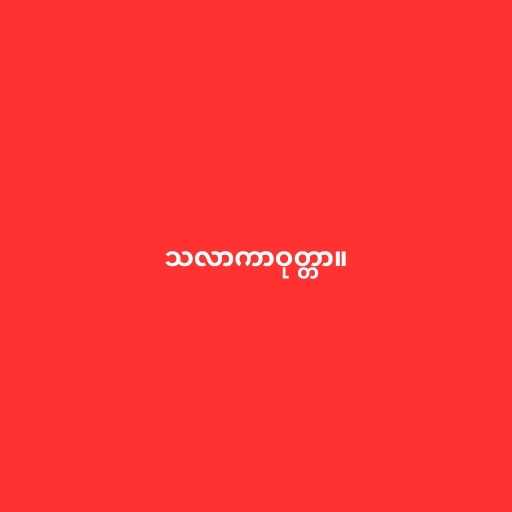
သလာကာဝုတ္တာ။